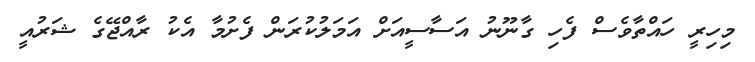
މިހިރީ ހައްތާވެސް ފެހި ގާނޫނު އަސާސީއަށް އަމަލުކުރަން ފެށުމާ އެކު ރާއްޖޭގެ ޝަރުއީ